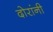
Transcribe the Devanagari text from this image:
दोरांनी